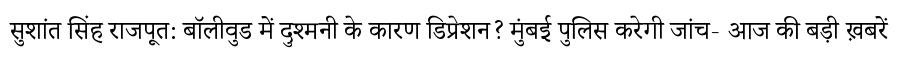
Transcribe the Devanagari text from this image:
सुशांत सिंह राजपूत: बॉलीवुड में दुश्मनी के कारण डिप्रेशन? मुंबई पुलिस करेगी जांच- आज की बड़ी ख़बरें